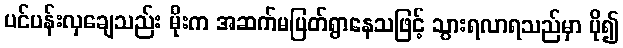
ပင်ပန်းလှချေသည်း မိုးက အဆက်မပြတ်ရွာနေသဖြင့် သွားရလာရသည်မှာ ပို၍